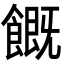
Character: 𩞊